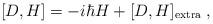
LaTeX: \begin{align*}[D,H] =- i \hbar H+ [D,H]_{\rm extra}\; ,\end{align*}